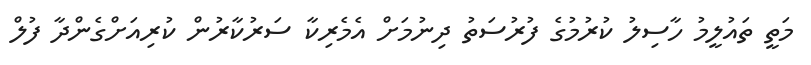
މަތީ ތައުލީމު ހާސިލު ކުރުމުގެ ފުރުސަތު ދިނުމަށް އެމެރިކާ ސަރުކާރުން ކުރިއަށްގެންދާ ފުލް